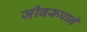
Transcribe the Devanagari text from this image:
जीवरूपाने